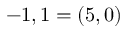
\b _ { - 1 , 1 } = ( 5 , 0 )